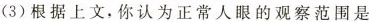
(3)根据上文，你认为正常人眼的观察范围是